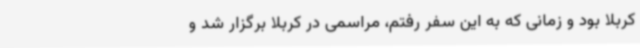
کربلا بود و زمانی که به این سفر رفتم، مراسمی در کربلا برگزار شد و